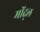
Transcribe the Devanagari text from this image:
मोंद्ल